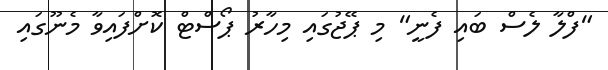
"ފްލާ ލެސް ބައި ފެނީ" މި ޕޭޖުގައި މިހާރު ޕޯސްޓް ކޮށްފައިވާ މެނޫގައި